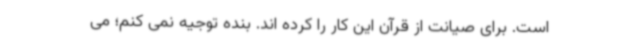
است. برای صیانت از قرآن این کار را کرده اند. بنده توجیه نمی کنم؛ می